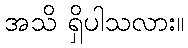
အသိ ရှိပါသလား။